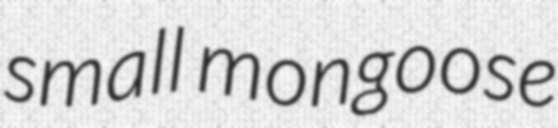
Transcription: small mongoose